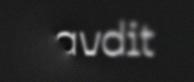
čoavdit